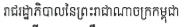
រាជរដ្ឋាភិបាលនៃព្រះរាជាណាចក្រកម្ពុជា